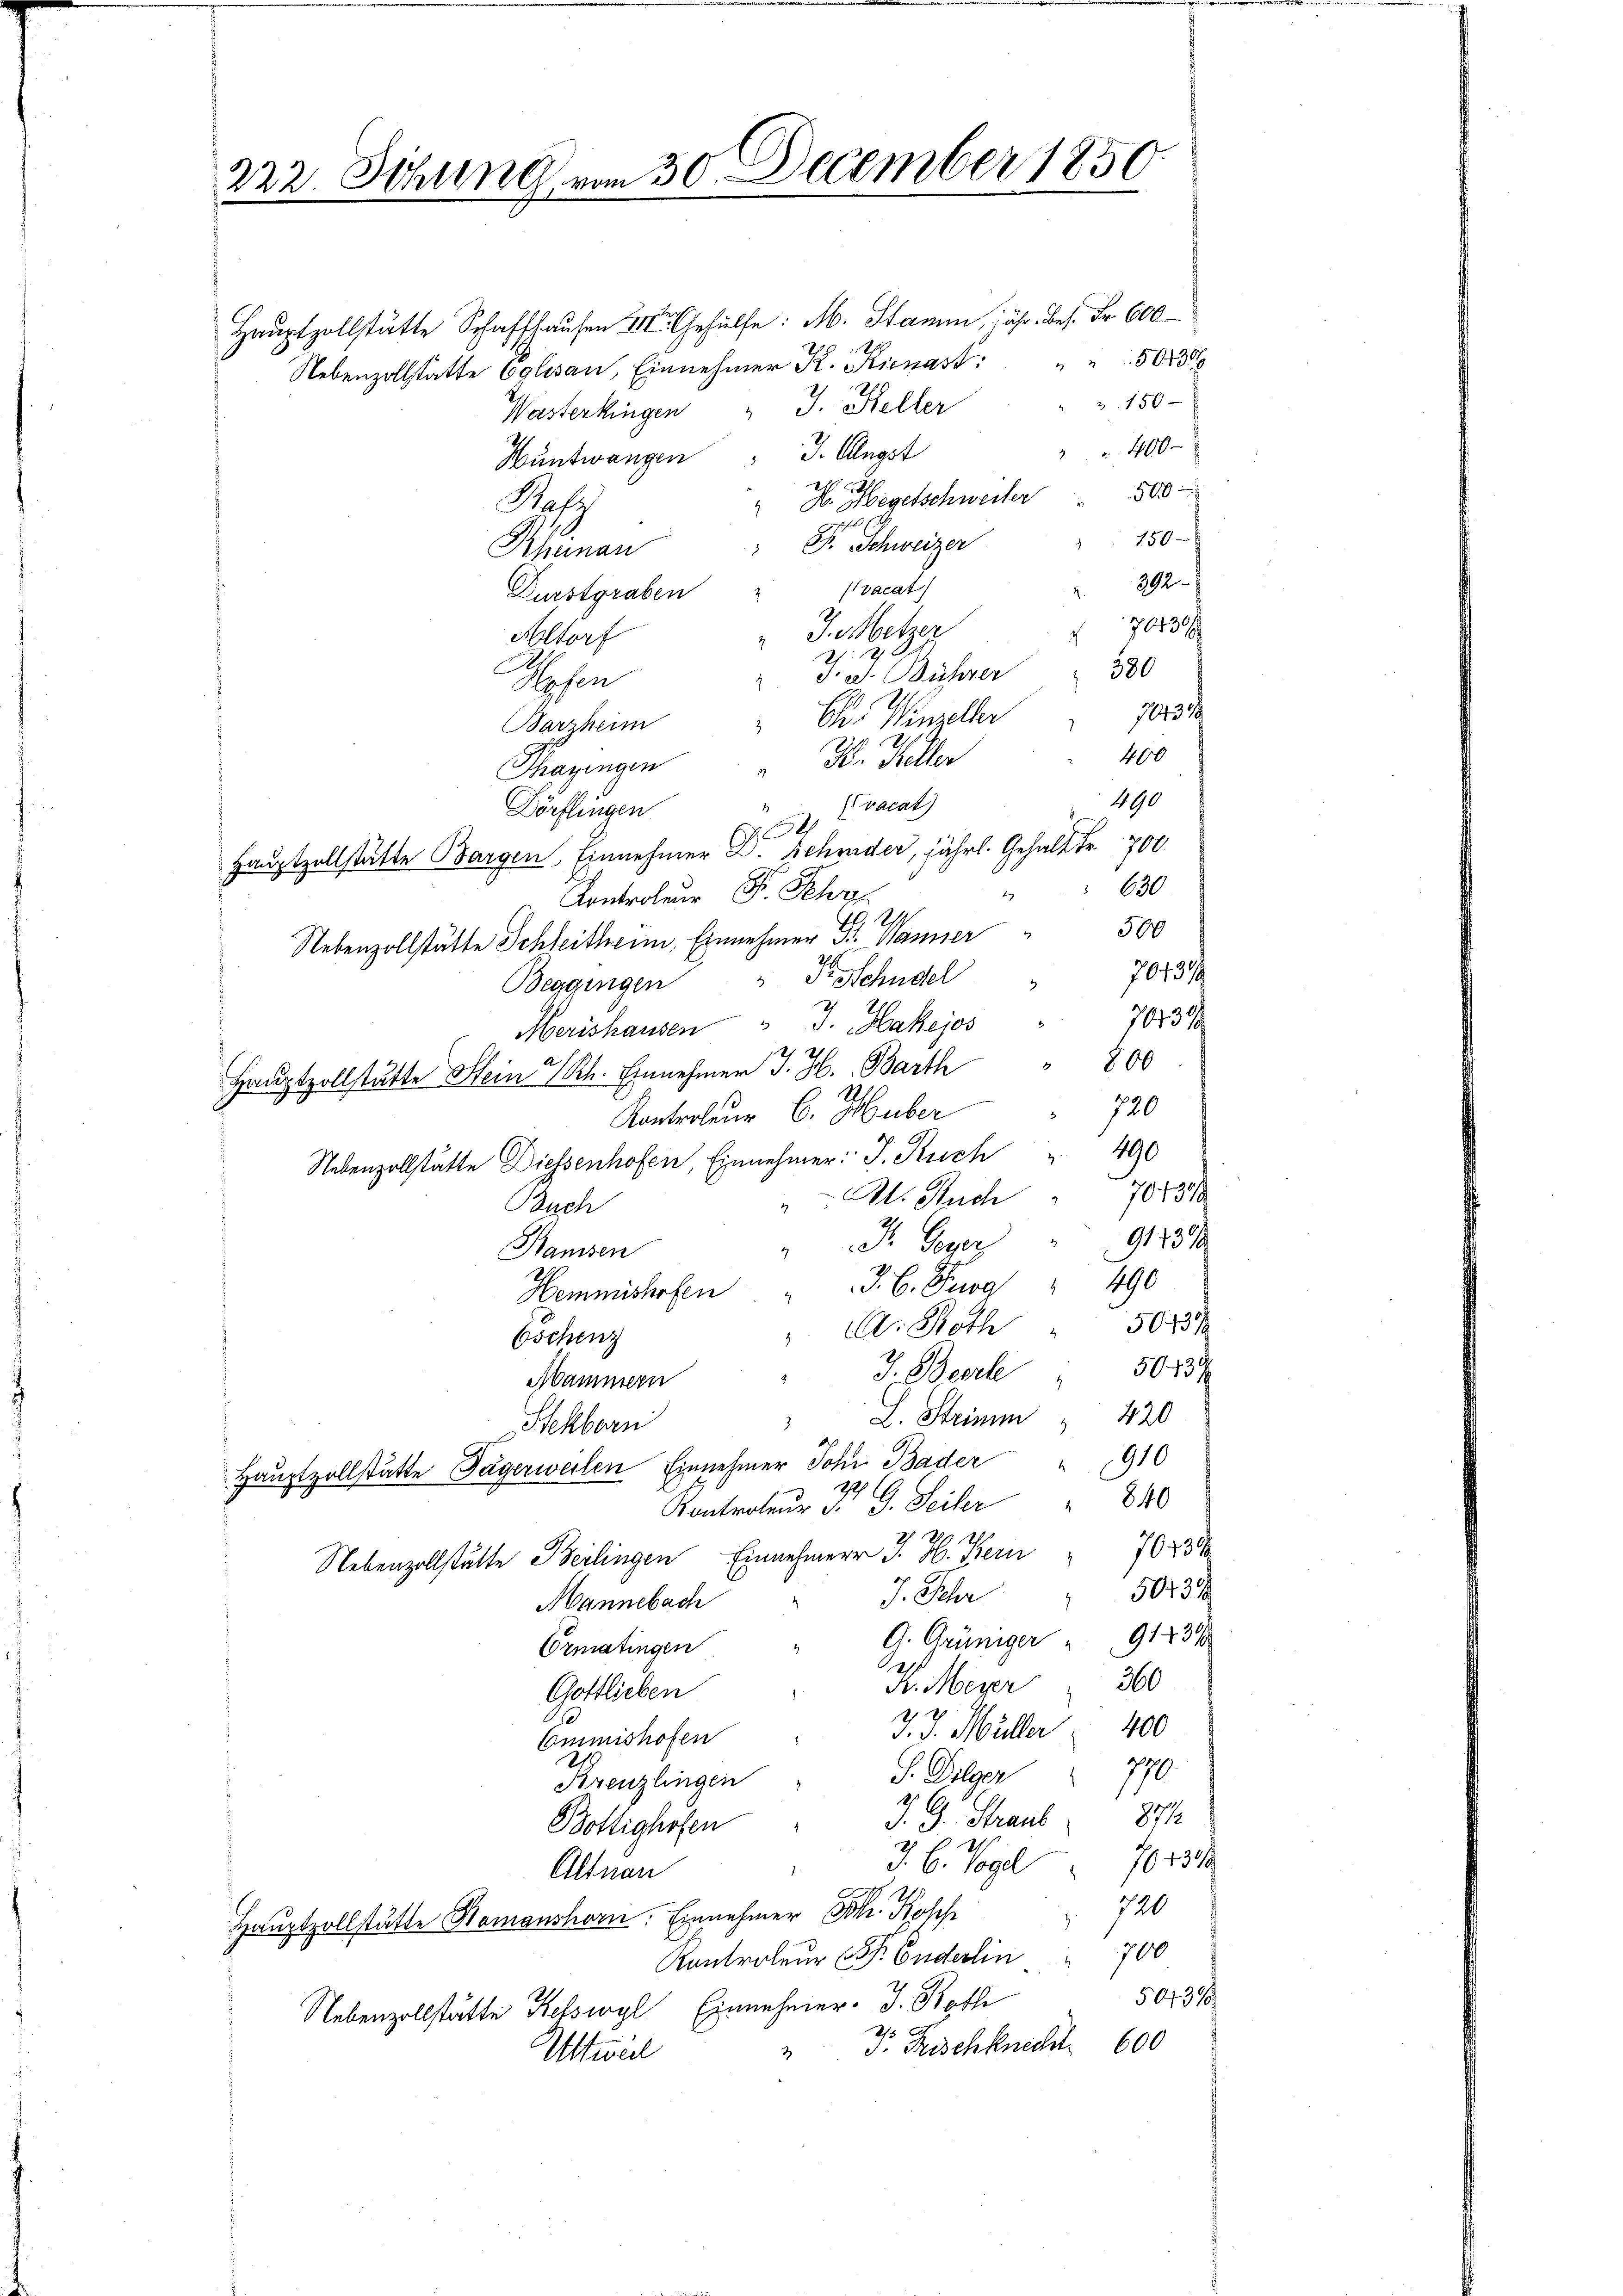
222. Sitzung, vo

30 December 1850

Hauptzollstätte Schaffhausen III. Gehülfe: M. Stamm, jähr. Bes. Fr. 600
Nebenzollstatte Eglisau, Einnehmer K. Kienast: " " 5623
Wasterkingen " J. Keller
 240
Hüntwangen " J. Angst
H. Hegetschweiler    500
Ref
u
150
 P. Schweizer
Rheinan
392
Pracat
Durstgraben
70430 f
J. Metzer
Altorf
1
x
T. d. Bühner 300
Hosen
2
704328
Ci. Winzeller
Barzheim
400
H. Keller
Thazingen
vacat)
490
Dörflingen
4
Hauptzollstätte Bargen Einnehmer D. Schmider, jährl. Gehalt Fr. 700
Kontroleur Fr. Schr
1.
.
Nebenzollstätte Schleitheim, Einnehmer 3. Wanner
70739
Beggingen " Dr. Schudel
74131
Merishausen " J. Hakejos
800
Hauptzollstätte Hein Rh. Einnehmen J. H. Barth
387
720
Kontroleum 6. Huber
190
Nebenzollstätte Diesenhofen, Einnehmer: J. Ruch
701318
M. Such
Buch
91439
I. Gener
Hamsen
Hemmnishofen " " J. C. Pog " 490
50737
". A. Roth
Oschenz
50. 439
J. Beerle
Mammern
L. Steine " 420
Steckborn
910
Hauptzollstätte Tägerweilen Einnehmer Joh. Bader
2
840
Kontroleur d. G. Seiter
.
Nebenzollstätte Berlingen Einnehmerr J. H. Bern " 70238
J. Sehr " 503
Mannebach
A. Grüniger " 91231
Ermatingen
.
360
Fr. Meyer
Gottlieben
2
400
J. J. Müller
Commishofen
770
S. Tilger
Kreuzlingen
871
J. G. Straub
Boltighofen
J. C. Vogel 1013
Altnau
 720
Hauptzollstätte Hamanshorn. Einnehmer Joh. Rosch
Kontroleur Sr. Enderlin " 700
50738
Nebenzollstätte Kelswyl Einnehmer. J. Both
25
2 J. Rischknecht 600
Altweil

150

600
500